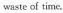
waste of time.